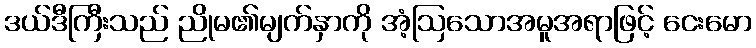
ဒယ်ဒီကြီးသည် ညိုမ၏မျက်နှာကို အံ့ဩသောအမူအရာဖြင့် ငေးမော